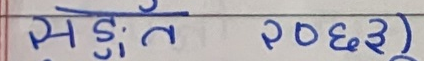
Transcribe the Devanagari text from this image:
सुंगत २०६३)